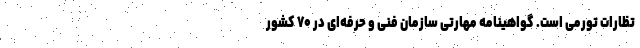
تظارات تورمی است. گواهینامه مهارتی سازمان فنی و حرفه‌ای در ۷۰ کشور